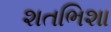
શતભિશા